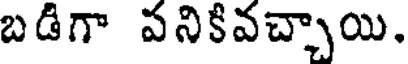
బడిగా వనికివచ్చాయి.